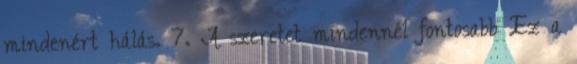
mindenért hálás. 7. A szeretet mindennél fontosabb Ez a